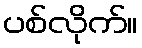
ပစ်လိုက်။